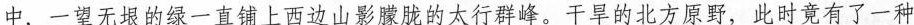
中，一望无垠的绿一直铺上百边山影朦胧的太行群峰。干旱的北方原野，此时竟有了一种